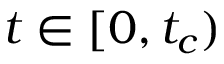
t \in [ 0 , t _ { c } )